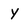
Character: Y